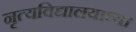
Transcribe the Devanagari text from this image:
नृत्यविद्यालयाच्या